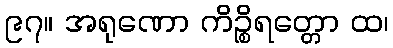
၉၇။ အရုဏော ကိဉ္စိရတ္တော ထ၊